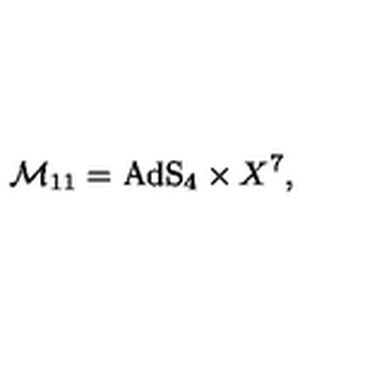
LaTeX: \mathcal { M } _ { 1 1 } = \mathrm { A d S } _ { 4 } \times X ^ { 7 } ,